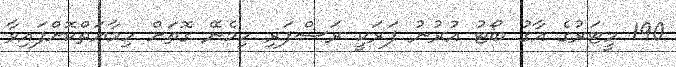
190 މީޓަރުގެ އާގު ބޯޓު އުރުުނު ފަރަކީ ރަސްފަރި ހިމެނޭ ގޮތަށް ހިމާޔަތްކޮށްފައިވާ